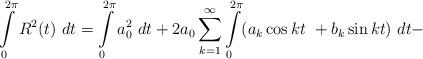
LaTeX: \begin{align*} \int \limits _0^{2 \pi } R^2(t) \ dt =\int \limits _0^{2 \pi } a_0^2 \ dt+ 2 a_0 \sum \limits _{k=1}^{\infty } \int \limits _0^{2 \pi }(a_k \cos k t \ +b_k \sin k t) \ dt - \end{align*}